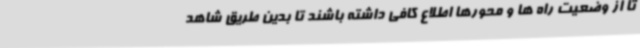
تا از وضعیت راه ها و محورها اطلاع کافی داشته باشند تا بدین طریق شاهد